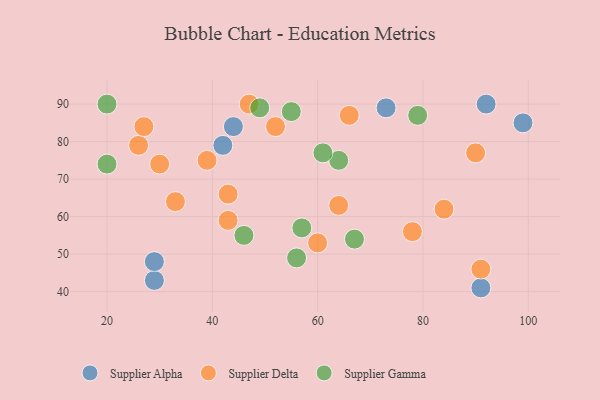
{"axis": {"x": "GDP", "y": "Life Expectancy"}, "legend": ["Supplier Alpha", "Supplier Delta", "Supplier Gamma"], "data": [{"x": "73", "y": 89, "type": "Supplier Alpha"}, {"x": "91", "y": 41, "type": "Supplier Alpha"}, {"x": "92", "y": 90, "type": "Supplier Alpha"}, {"x": "29", "y": 43, "type": "Supplier Alpha"}, {"x": "44", "y": 84, "type": "Supplier Alpha"}, {"x": "42", "y": 79, "type": "Supplier Alpha"}, {"x": "99", "y": 85, "type": "Supplier Alpha"}, {"x": "29", "y": 48, "type": "Supplier Alpha"}, {"x": "78", "y": 56, "type": "Supplier Delta"}, {"x": "43", "y": 66, "type": "Supplier Delta"}, {"x": "47", "y": 90, "type": "Supplier Delta"}, {"x": "60", "y": 53, "type": "Supplier Delta"}, {"x": "39", "y": 75, "type": "Supplier Delta"}, {"x": "30", "y": 74, "type": "Supplier Delta"}, {"x": "26", "y": 79, "type": "Supplier Delta"}, {"x": "84", "y": 62, "type": "Supplier Delta"}, {"x": "43", "y": 59, "type": "Supplier Delta"}, {"x": "27", "y": 84, "type": "Supplier Delta"}, {"x": "64", "y": 63, "type": "Supplier Delta"}, {"x": "33", "y": 64, "type": "Supplier Delta"}, {"x": "66", "y": 87, "type": "Supplier Delta"}, {"x": "52", "y": 84, "type": "Supplier Delta"}, {"x": "91", "y": 46, "type": "Supplier Delta"}, {"x": "90", "y": 77, "type": "Supplier Delta"}, {"x": "67", "y": 54, "type": "Supplier Gamma"}, {"x": "20", "y": 74, "type": "Supplier Gamma"}, {"x": "64", "y": 75, "type": "Supplier Gamma"}, {"x": "57", "y": 57, "type": "Supplier Gamma"}, {"x": "49", "y": 89, "type": "Supplier Gamma"}, {"x": "61", "y": 77, "type": "Supplier Gamma"}, {"x": "79", "y": 87, "type": "Supplier Gamma"}, {"x": "56", "y": 49, "type": "Supplier Gamma"}, {"x": "46", "y": 55, "type": "Supplier Gamma"}, {"x": "55", "y": 88, "type": "Supplier Gamma"}, {"x": "20", "y": 90, "type": "Supplier Gamma"}]}